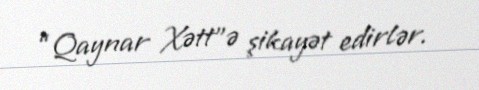
“Qaynar Xətt”ə şikayət edirlər.